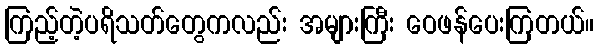
ကြည့်တဲ့ပရိသတ်တွေကလည်း အများကြီး ဝေဖန်ပေးကြတယ်။